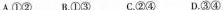
A.①② B.①③ C.②④ D.③④